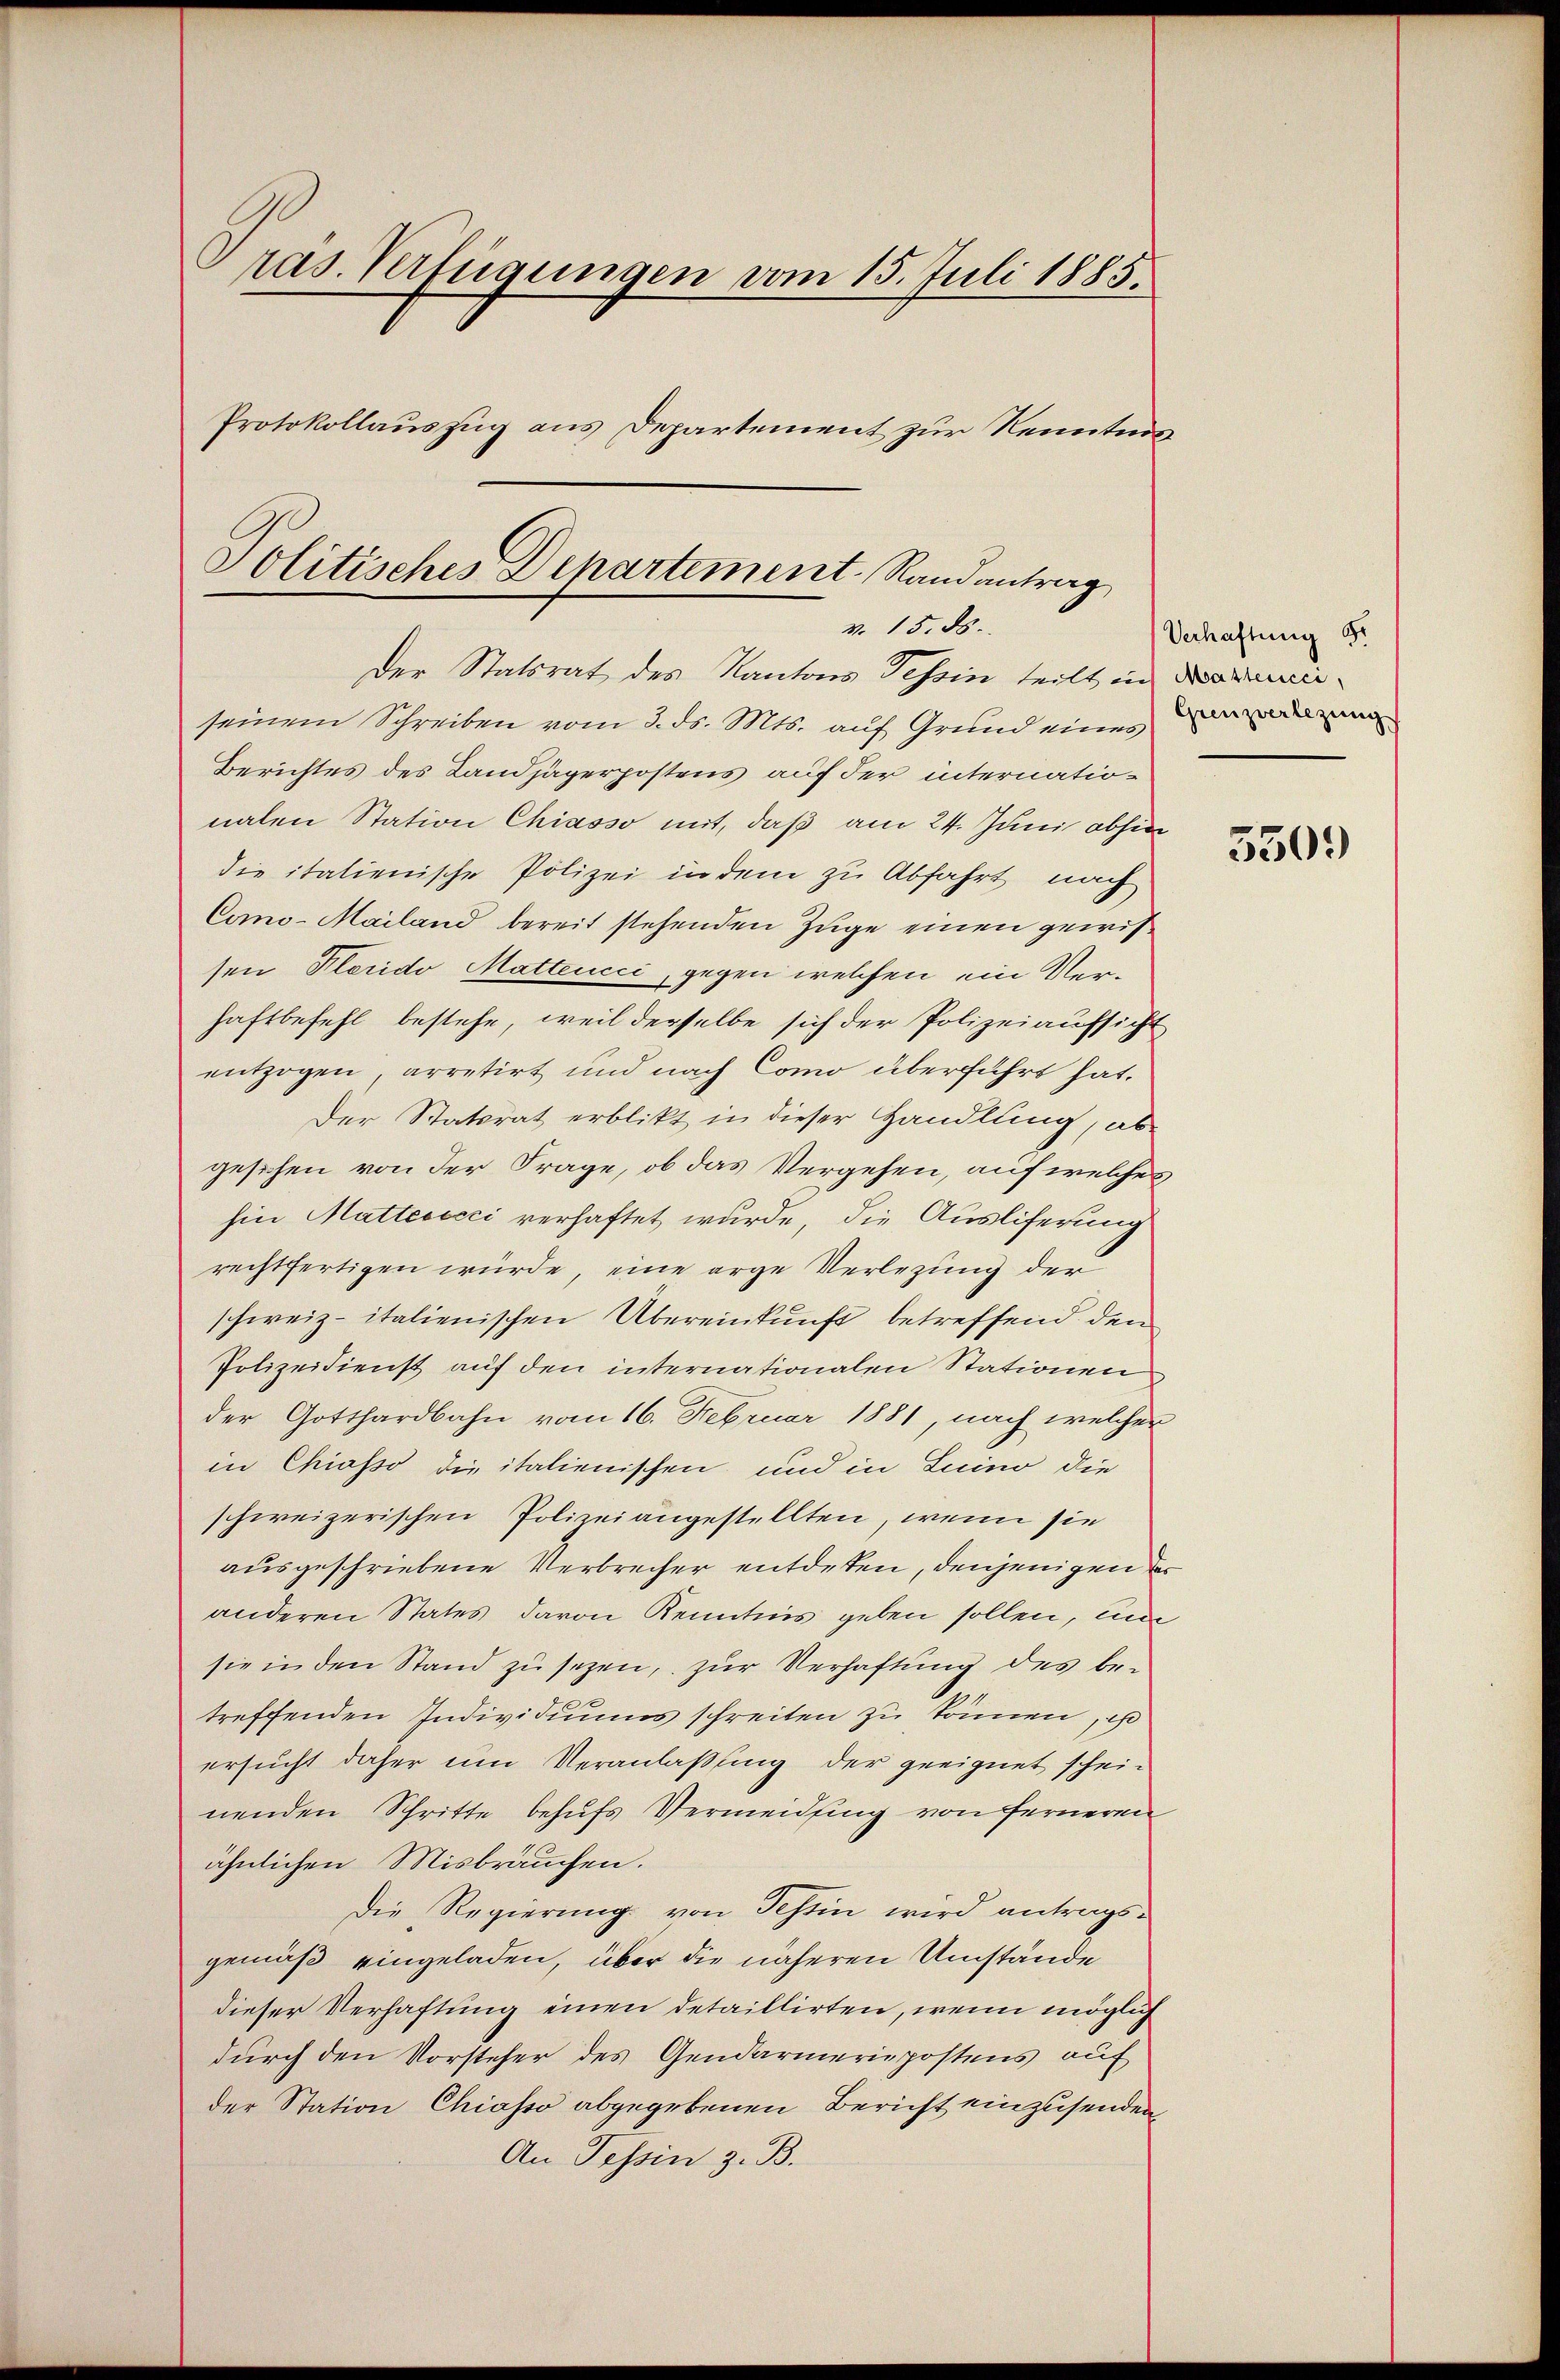
ras. Verfügungen vom 15. Juli 1885.
Protokollauszug aus Departement zur Kenntnis

Politisches Departement, Randantrag
v. 15. ds.

Der Statsrat des Kantons Tessin teilt in eiseinem Schreiben vom 3. ds. Mts. auf Grund eines
Berichtes des Landjägerpostens auf der internationalen Station Chiasso mit, daß am 24. Juni abhin
die italienische Polizei in dem zu Abfahrt nach
Como-Mailand bereit stehenden Zuge einen gewissen Florido Mattenici, gegen welchen ein Verhaftbefehl bestehe, weil derselbe sich der Polizeiaufsicht
entzogen, arretirt und nach Como überführt hat.
Der Statsrat erblikt in dieser Handlung, ab-
gesehen von der Frage, ob das Vergehen, auf welches
hin Matteoecci verhaftet wurde, die Ausliferung
rechtfertigen würde, eine arge Verlegung der
schweiz. italienischen Übereinkunft betreffend den
Polizeidienst auf den internationalen Stationen
der Gotthardbahn vom 16. Februar 1881, nach welchen
in Chiasso die italienischen und in Luino die
schweizerischen Polizeiangestellten, wenn sie
ausgeschriebene Verbrecher entdeten, denjenigen der
anderen States davon Kenntnis geben sollen, mi
sie in den Stand zu sezen, zur Verhaftung des betreffenden Individuums schreiten zu können, es
ersucht daher um Veranlaßung der geeignet scheinenden Schritte behufs Vermeidling von ferneren
ähnlichen Misbräuchen.
Die Regierung von Tessin wird antragsgemäß eingeladen, über die näheren Umstände
dieser Verhaftung einen detaillirten, wenn möglich
durch den Vorsteher des Gendarmeriepostens auf
der Station Chiasso abgegebenen Bericht einzusenden,
An Tessin z. B.

Verhaftung Sr
Grenzverlegung

550.